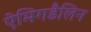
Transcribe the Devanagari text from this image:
ऐमिगडैलिन